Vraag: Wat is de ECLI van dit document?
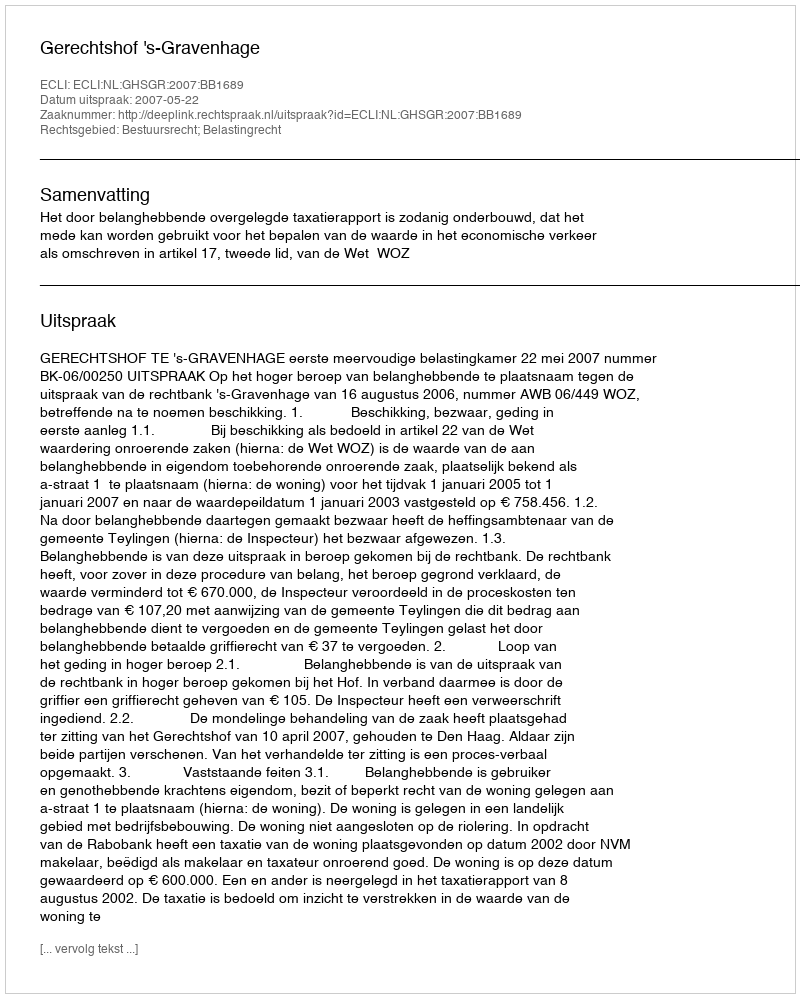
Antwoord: ECLI:NL:GHSGR:2007:BB1689